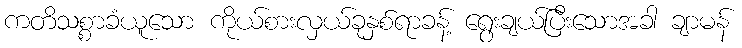
ကတိသစ္စာခံယူသော ကိုယ်စားလှယ်ခုနှစ်ရာခန့် ရွေးချယ်ပြီးသောအခါ ချာမန်